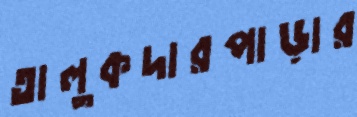
তালুকদারপাড়ার